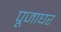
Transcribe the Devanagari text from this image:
पूजाघर